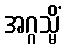
အဂ္ဂသ္မိံ